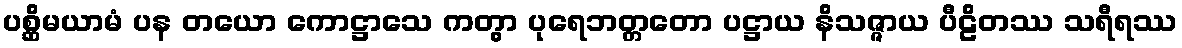
ပစ္ဆိမယာမံ ပန တယော ကောဋ္ဌာသေ ကတွာ ပုရေဘတ္တတော ပဋ္ဌာယ နိသဇ္ဇာယ ပီဠိတဿ သရီရဿ